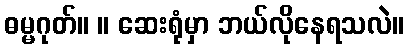
ဓမ္မဂုတ်။ ။ ဆေးရုံမှာ ဘယ်လိုနေရသလဲ။